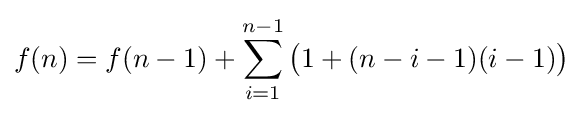
f(n)=f(n-1)+\sum _{i=1}^{n-1}{\big (}1+(n-i-1)(i-1){\big )}